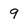
Character: 9